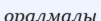
оралмалы